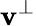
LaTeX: \mathbf{v}^{\perp}